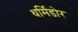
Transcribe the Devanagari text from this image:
थर्मिडोर